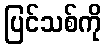
ပြင်သစ်ကို